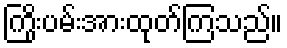
ကြိုးပမ်းအားထုတ်ကြသည်။